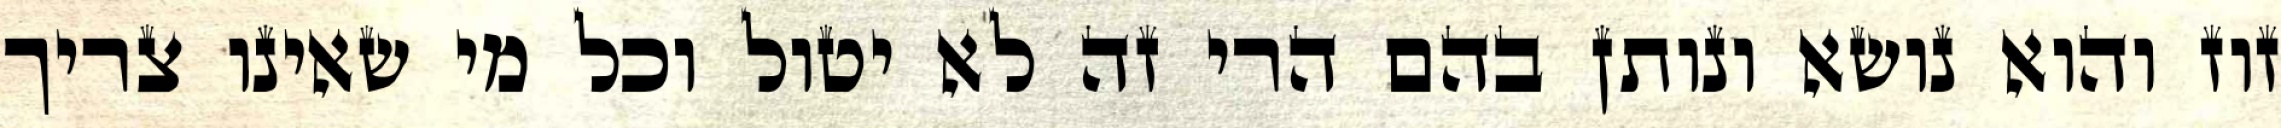
זוז והוא נושא ונותן בהם הרי זה לא יטול וכל מי שאינו צריך